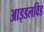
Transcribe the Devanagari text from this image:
आइडलविड